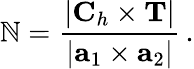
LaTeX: {\cal\mathbb{N}}=\frac{{|{\mathbf{C}}_{h}\times{\mathbf{T}}|}}{{|{\mathbf{a}}_{1}\times{\mathbf{a}}_{2}|}}\, .